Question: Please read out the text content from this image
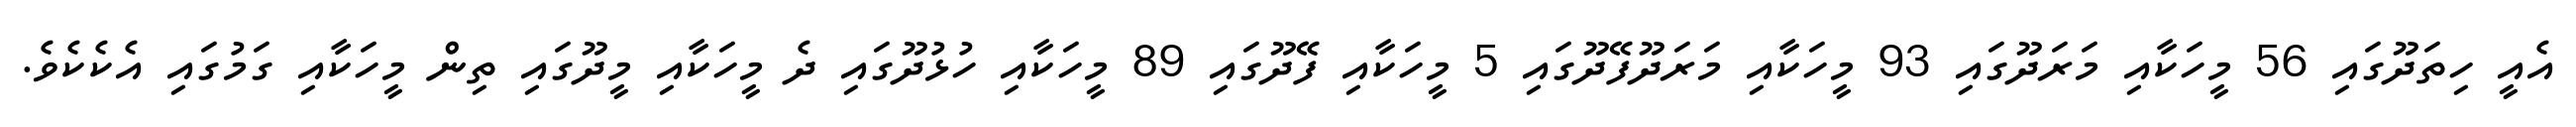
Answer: އެއީ ހިތަދޫގައި 56 މީހަކާއި މަރަދޫގައި 93 މީހަކާއި މަރަދޫފޭދޫގައި 5 މީހަކާއި ފޭދޫގައި 89 މީހަކާއި ހުޅުދޫގައި ދެ މީހަކާއި މީދޫގައި ތިން މީހަކާއި ގަމުގައި އެކެކެވެ.